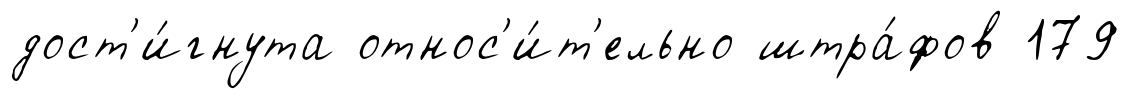
дост'и́гнута относ'и́т'ельно штра́фов 179